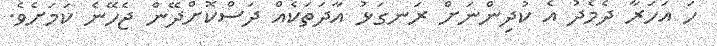
ހަ އަހަރާ ދެމެދު އެ ކުދިންނަށް ރަނގަޅު އާދަތަކެއް ދަސްކޮށްދޭން ޖެހޭނެ ކަމަށެވެ.